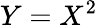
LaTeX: Y=X^{2}